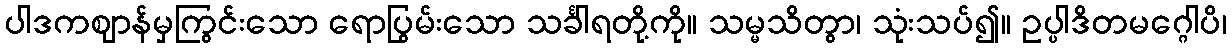
ပါဒကဈာန်မှကြွင်းသော ရောပြွမ်းသော သင်္ခါရတို့ကို။ သမ္မသိတွာ၊ သုံးသပ်၍။ ဥပ္ပါဒိတမဂ္ဂေါပိ၊